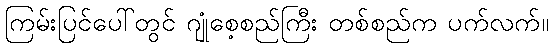
ကြမ်းပြင်ပေါ်တွင် ဂျုံစေ့စည်ကြီး တစ်စည်က ပက်လက်။